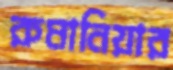
রুমানিয়ার